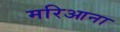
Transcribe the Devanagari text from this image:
मरिआना